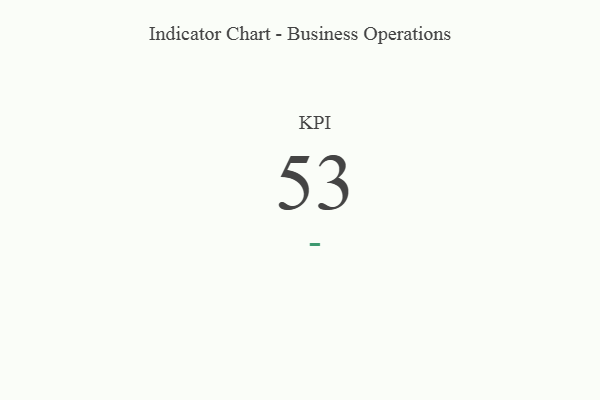
{"axis": {"x": "KPI", "y": "Value"}, "legend": [""], "data": [{"x": "KPI", "y": 53, "type": ""}]}